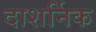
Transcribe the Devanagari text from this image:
दाशर्निक